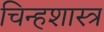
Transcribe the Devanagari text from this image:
चिन्हशास्त्र